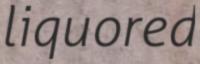
liquored